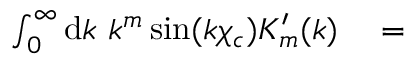
\begin{array} { r l } { \int _ { 0 } ^ { \infty } \mathrm { d } k \ k ^ { m } \sin ( k \chi _ { c } ) K _ { m } ^ { \prime } ( k ) } & { { } = } \end{array}